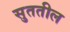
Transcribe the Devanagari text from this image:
सुततील